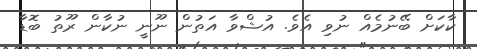
ކާކަށް ބޭނުމެއް ނުވި އެވެ. އުޝްވާ އަތުން ނޫނީ ނުކާން ރޫތު ބޮޑާ